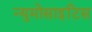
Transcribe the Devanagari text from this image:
न्युमोसाइटिस